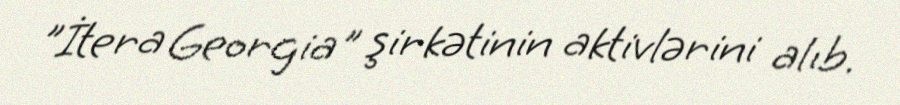
”İtera Georgia" şirkətinin aktivlərini alıb.